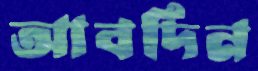
আবদিন